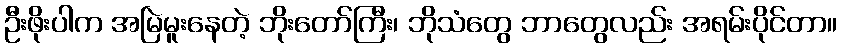
ဦးဖိုးပါက အမြဲမူးနေတဲ့ ဘိုးတော်ကြီး၊ ဘိုသံတွေ ဘာတွေလည်း အရမ်းပိုင်တာ။